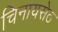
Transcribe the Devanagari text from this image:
चिनायसेठ